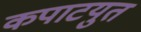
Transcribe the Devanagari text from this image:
कपाटयुत